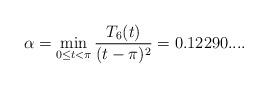
LaTeX: \begin{align*}\alpha=\min_{0\leq t<\pi} \frac{T_6(t)}{(t-\pi)^2}=0.12290... .\end{align*}